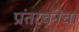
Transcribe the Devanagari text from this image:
प्रांतरचनेचा